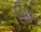
સિર